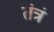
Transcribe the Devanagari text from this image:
तंत्रं